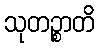
သုတဉ္စာတိ